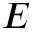
E